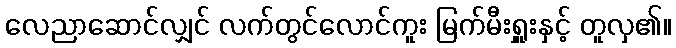
လေညာဆောင်လျှင် လက်တွင်လောင်ကူး မြက်မီးရှူးနှင့် တူလှ၏။